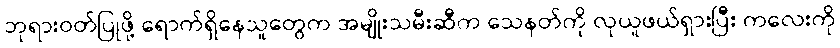
ဘုရားဝတ်ပြုဖို့ ရောက်ရှိနေသူတွေက အမျိုးသမီးဆီက သေနတ်ကို လုယူဖယ်ရှားပြီး ကလေးကို